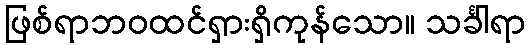
ဖြစ်ရာဘဝထင်ရှားရှိကုန်သော။ သင်္ခါရာ